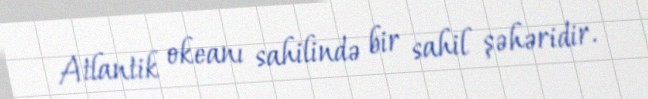
Atlantik okeanı sahilində bir sahil şəhəridir.